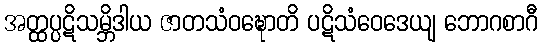
အတ္ထပ္ပဋိသမ္ဘိဒါယ ဇာတသံဝဍ္ဎောတိ ပဋိသံဝေဒေယျ ဘောဂစာဂီ